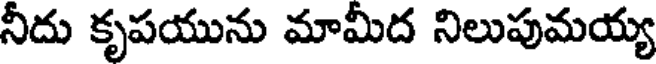
నీదు కృపయును మామీద నిలుపుమయ్య